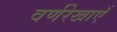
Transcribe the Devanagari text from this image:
वर्णरेखाएँ